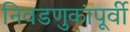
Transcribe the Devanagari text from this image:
निवडणुकांपूर्वी